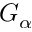
G _ { \alpha }